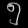
Digit: ၅